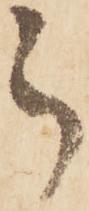
被